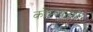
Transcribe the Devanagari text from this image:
कोम्प्यूटरो